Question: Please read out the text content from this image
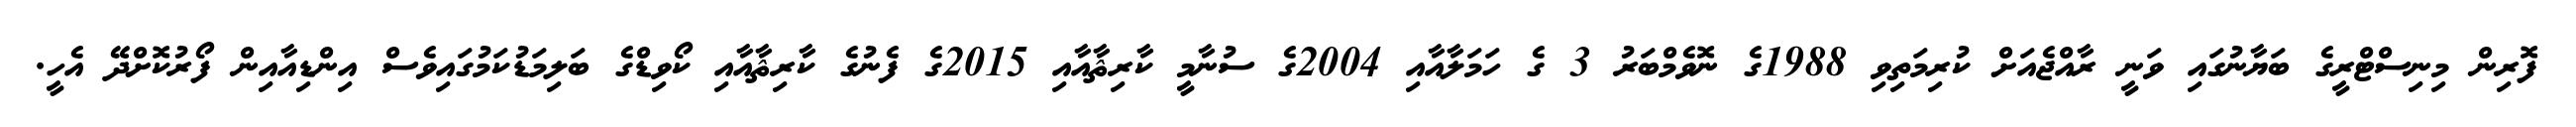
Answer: ފޮރިން މިނިސްޓްރީގެ ބަޔާނުގައި ވަނީ ރާއްޖެއަށް ކުރިމަތިވި 1988ގެ ނޮވެމްބަރު 3 ގެ ހަމަލާއާއި 2004ގެ ސުނާމީ ކާރިޘާއާއި 2015ގެ ފެނުގެ ކާރިޘާއާއި ކޯވިޑްގެ ބަލިމަޑުކަމުގައިވެސް އިންޑިއާއިން ފޯރުކޮށްދޭ އެހީ.